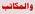
والكالب